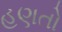
હણતો